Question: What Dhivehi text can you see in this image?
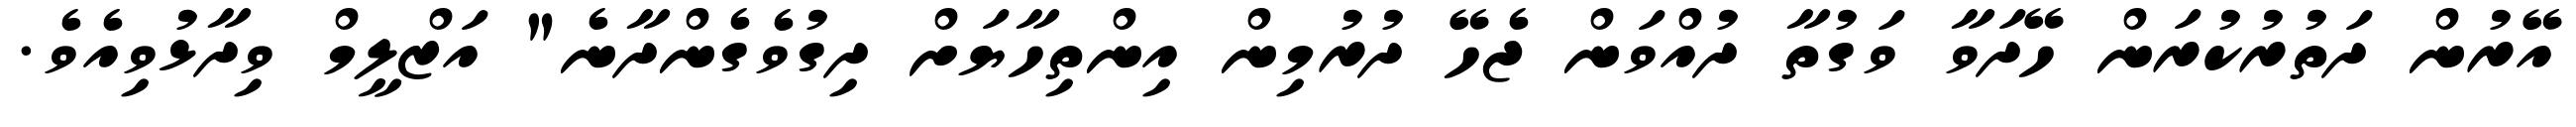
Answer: އޭރުން ދަތުރުކުރަން ހޭދަވާ ވަގުތާ ދުއްވަން ޖެހޭ ދުރުމިން އިންތިހާޔަށް ދިގުވެގެންދާނެ" އަޒްލީމް ވިދާޅުވިއެވެ.